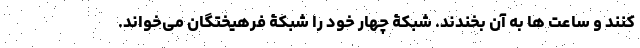
کنند و ساعت ها به آن بخندند. شبکۀ چهار خود را شبکۀ فرهیختگان می‌خواند.